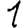
Digit: 1